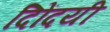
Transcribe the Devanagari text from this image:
दिोंदयी